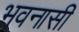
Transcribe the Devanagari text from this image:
भवनासी